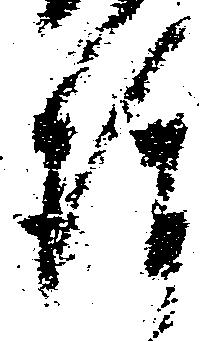
後